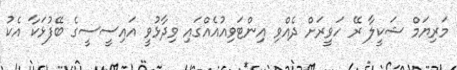
މަރިޔަމް ޝަކީލާ ރޭ ހަވީރަށް ދެއްވި އިންޓަވިއުއެއްގައި ވިދާޅުވީ އައިސީސީގެ ބޭފުޅަކާ އެކު